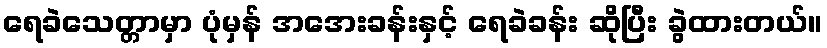
ရေခဲသေတ္တာမှာ ပုံမှန် အအေးခန်းနှင့် ရေခဲခန်း ဆိုပြီး ခွဲထားတယ်။